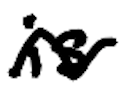
Text: is
Cross-out: wave
Writing tool: digital_black